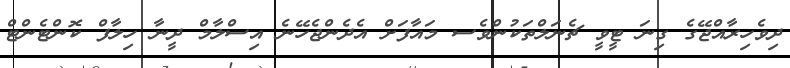
ދިވެހިރާއްޖޭގެ ގިނަ ޓީވީ ޗެނަލްތަކުންވެސ މައާފަށް އެދެންޖެހޭނެ އިސްލާމް ދީނާ ހިލާފް ކޮންޓެންޓް